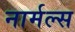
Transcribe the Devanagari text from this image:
नार्मल्स